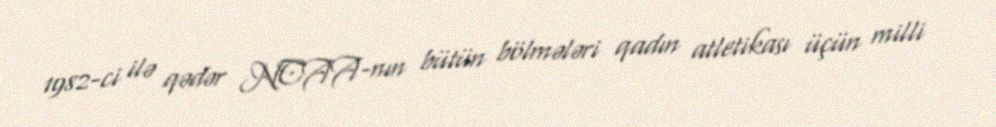
1982-ci ilə qədər NCAA-nın bütün bölmələri qadın atletikası üçün milli